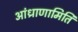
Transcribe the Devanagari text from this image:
आंध्राणामिति